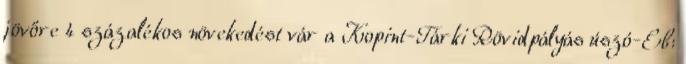
jövőre 4 százalékos növekedést vár a Kopint-Tárki Rövidpályás úszó-Eb: